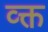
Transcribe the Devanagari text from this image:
व्क्त